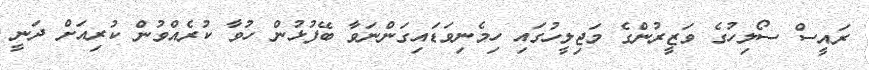
ރައީސް ސޯލިހުގެ ވަޒީރުންގެ މަޖިލީހުގައި ހިމެނިވަޑައިގަންނަވާ ބޭފުޅުން ހުވާ ކުރެއްވުން ކުރިއަށް ދަނީ